Aleksander_Warma, lk 30
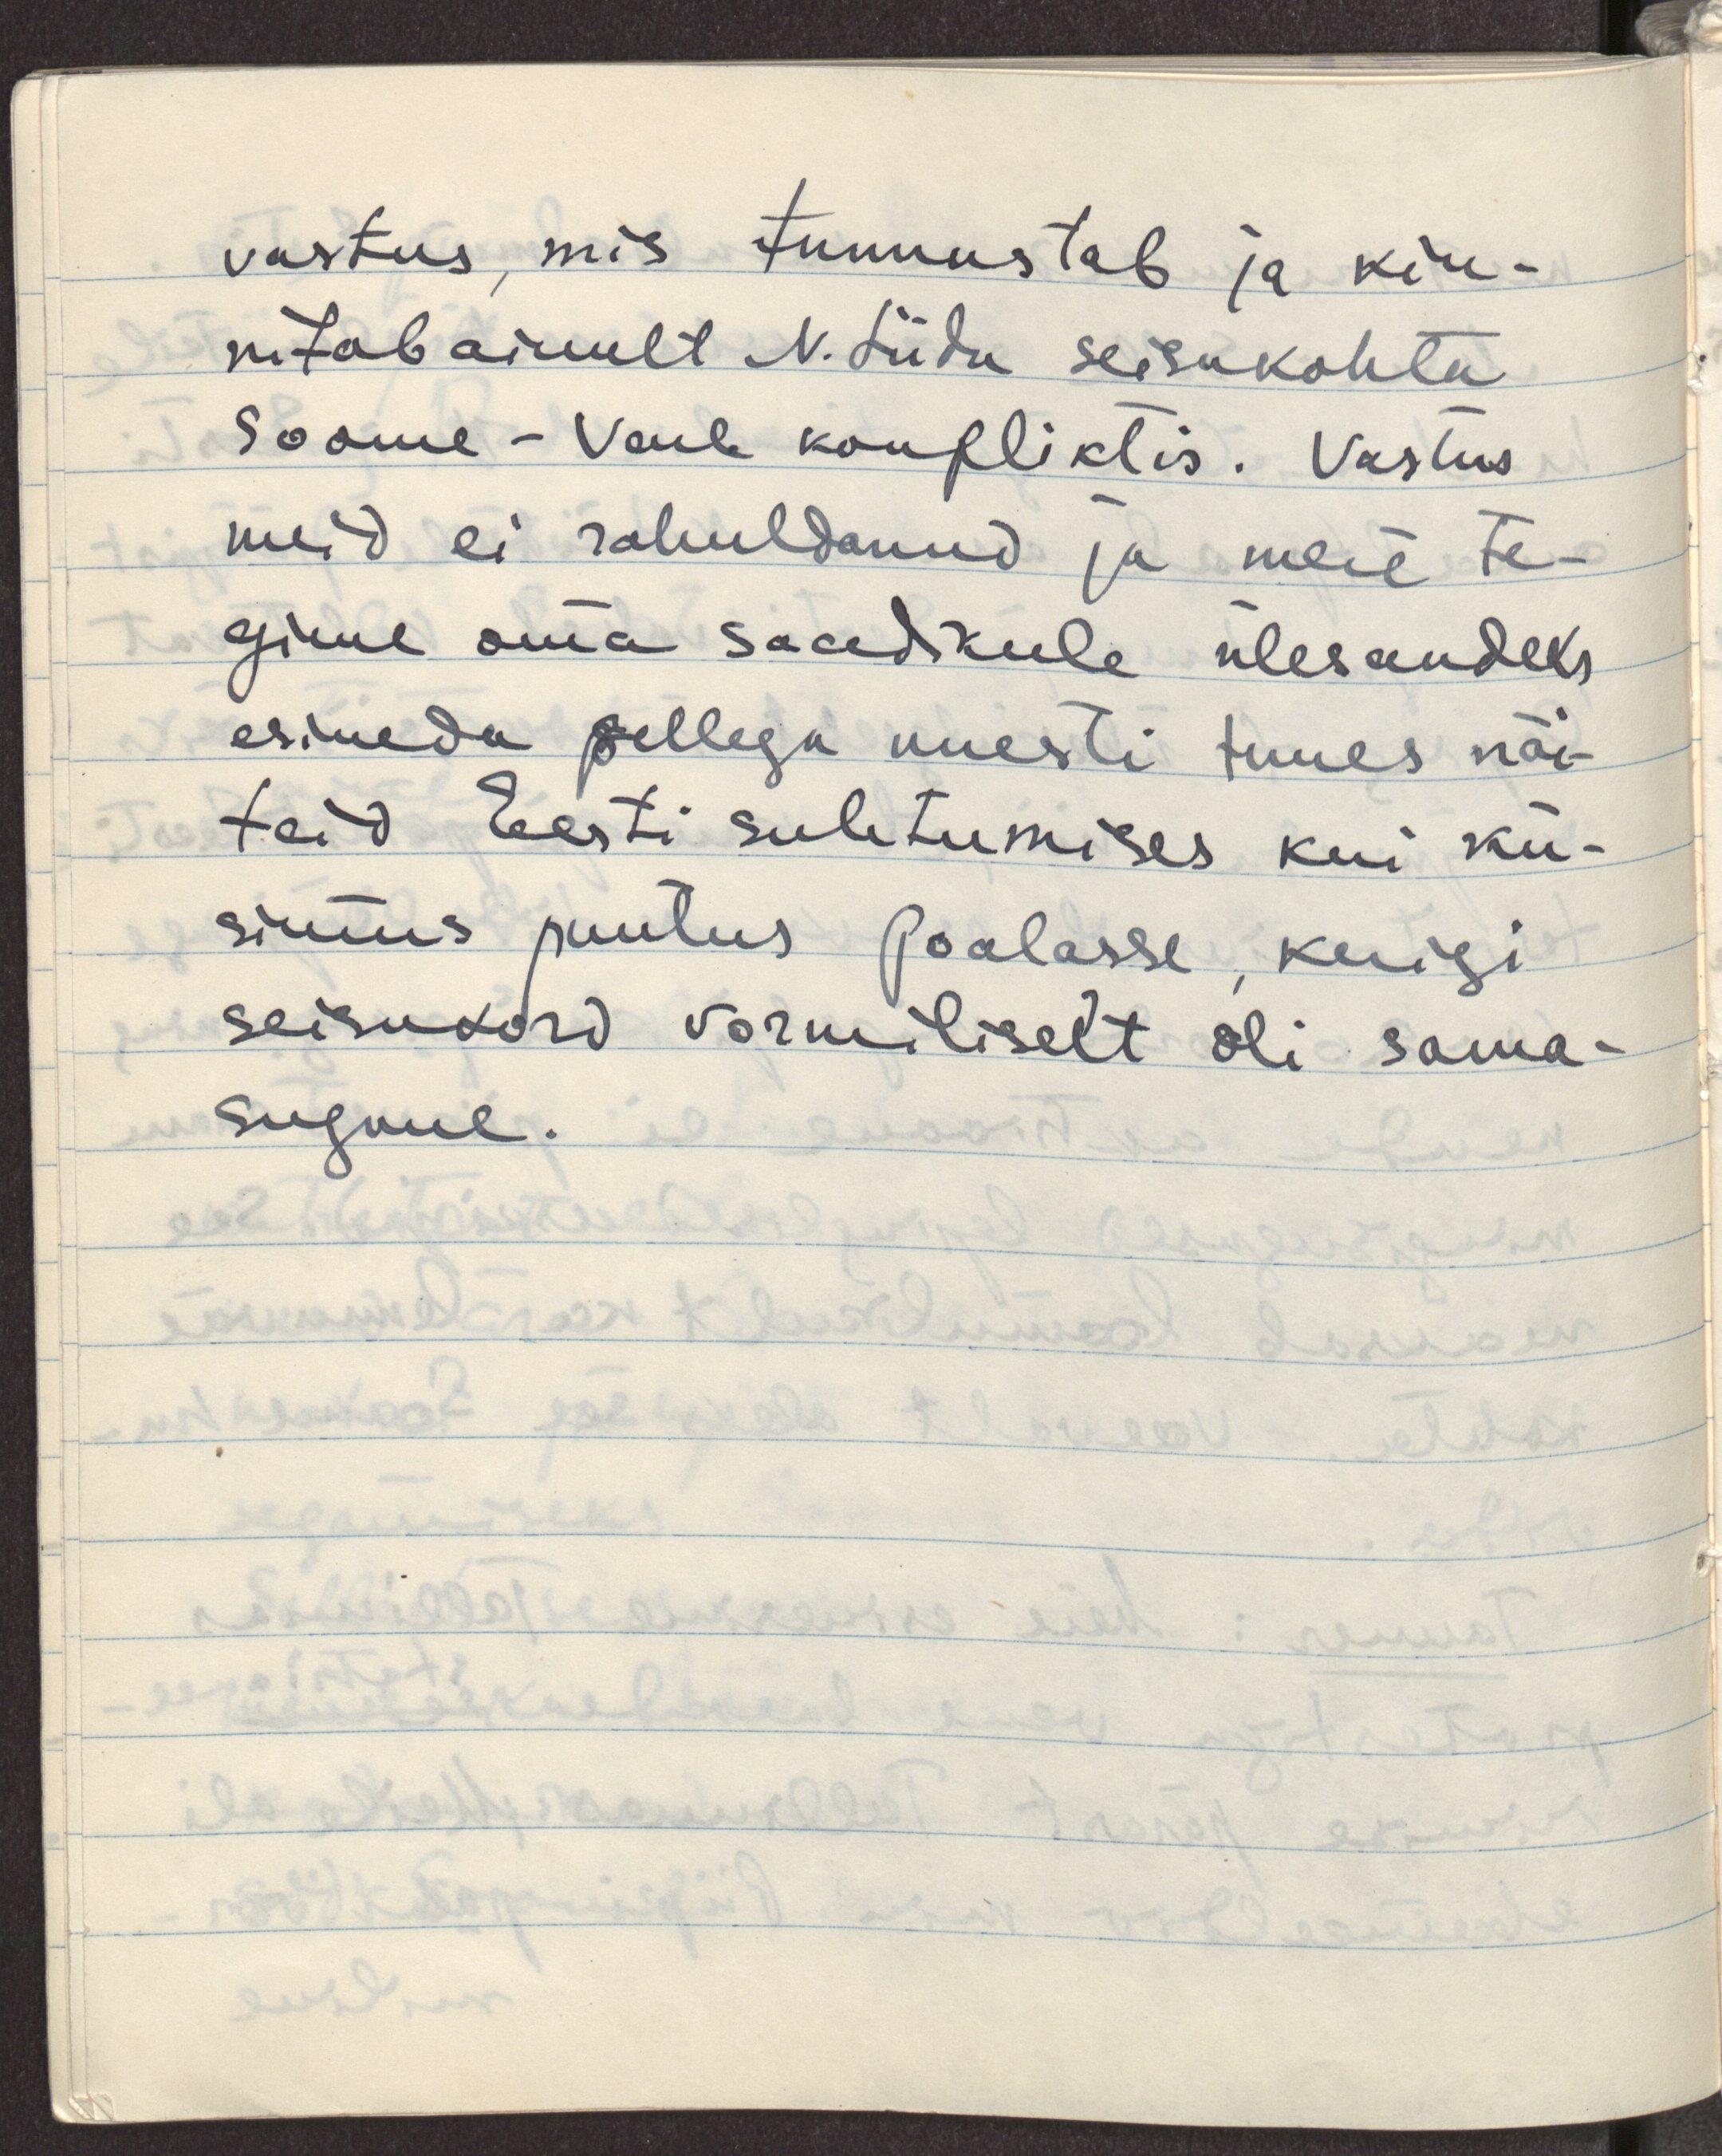
vastus, mis tunnustab ja kin-
nitab ainult N.Liidu seisukohta
Soome-Vene konfliktis. Vastus
meid ei rahuldanud ja meie te-
gime oma saadikule ülesandeks
esineda sellega uuesti tuues näi-
teid Eesti suhtumises kui kü-
simus puutus Poolasse, kuigi
seisukord vormiliselt oli sama-
sugune.